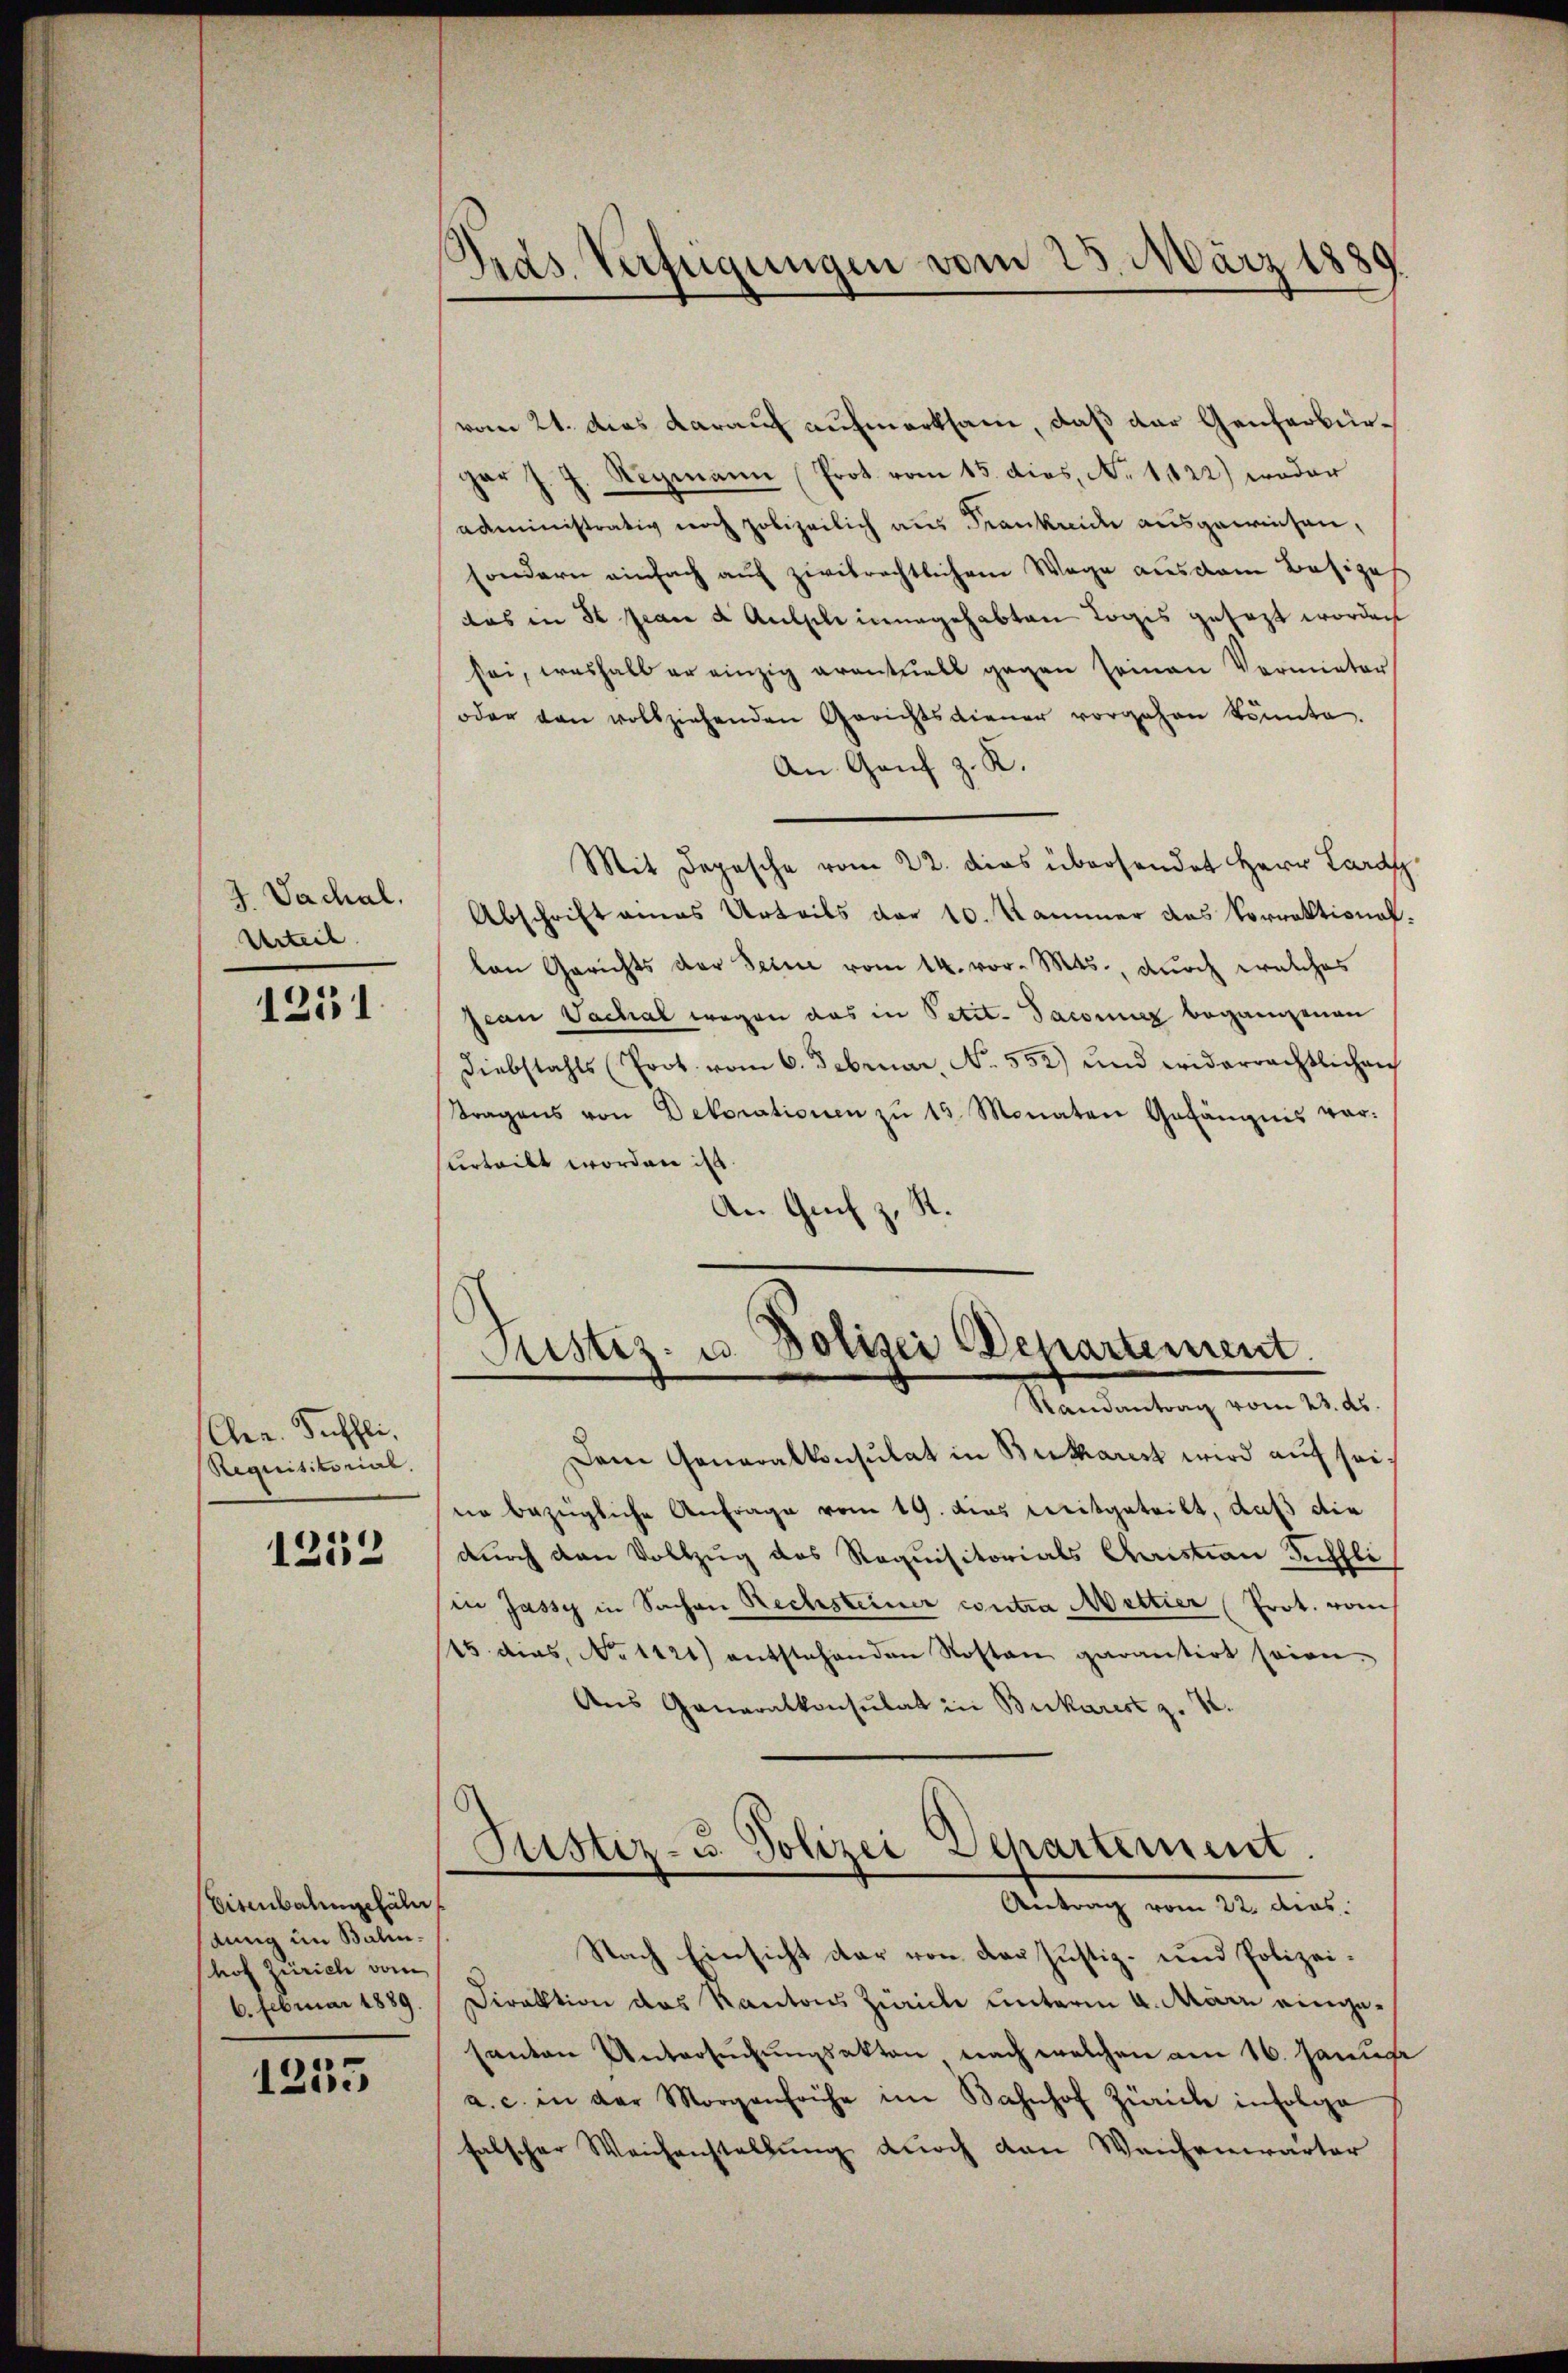
J. Vachal.
Urteil

1251

Chrn. Puffli
Requisitorial.

1252

Eisenbahngefäl
änng im Balin.
hof Zürich vom
6. Februar 1889.

1255

vom 21. das darauf aufmerksam, daß der Genferbürgar J. J. Stegmann (Prot. vom 15. dies, No 1122) weder
administrativ noch polizeilich aus Frankreide ausgewiesen,
sondern einfach auf zwitrechtlichem Wege aus dem Besizes
das in St. Jean & Ausscheinungehabten Logis gesezt worden
sei, weshalb er einzig eventuell gegen Jeman Vermieter
oder von vollziehenden Gerichtsdiener vorgehen könnte.
An Genf z. R.
Mit Depesche vom 22. dies übersendet Herr Lard
Abschrift amas Urteils der 10. Kammer das Vorrektionallen Gerichts der Seine vom 14. vor. Mts., durch welches
Jean Vachal wegen das in Petit. Pacenz begangenen
Diebstahls (Prot. vom 6. Februar, No. 552) und widerrechtlichen
ttragens von Dekorationen zŭ 15 Monaten Gefängnis vor-
surteilt worden ist.
An Grif z.
R.

Pras. Verfügungen vom 23. März 188

Justiz- u. Polizei Departement.
Randantrag vom 23. ds.

Dem Generalkonsulat in Bertharist wird auf seine bezügliche Anfrage vom 19. dies mitgeteilt, daß die
durch den Vollzug des Requisitorials Christian Kuchli
in Jassy in Sachen Rechsteiner contra Mettier (Prot. vom
115. des No 1121) entstehenden Rosten garantirt seien.
Aus Generalkonsulat in Bukarist z. K.
Justiz- u. Polizei Departement.
Antrag vom 22. dies
Nach Einsicht dar von der Justiz- und Polizei¬
Direktion des Kantons Zürich unterm 4. März eingesanton Untersuchungsakten nach welchen am 16. Janus
a. c. in der Morgenfrühe im Bahnhof Zürich infolge
falscher Weichenstellung durch den Weichenwärter